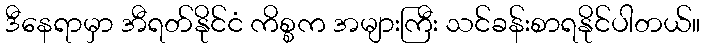
ဒီနေရာမှာ အီရတ်နိုင်ငံ ကိစ္စက အများကြီး သင်ခန်းစာရနိုင်ပါတယ်။